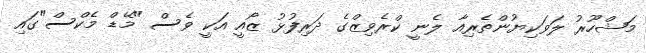
މަޝްހޫރު ލަވަކިޔުންތެރިއާ ލެނީ ކްރެވިޒްގެ ދަރިފުޅު ޒޯއީ އަކީ ވެސް "މޭޑް މެކްސް"ގައި